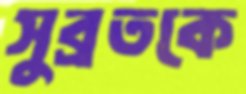
সুব্রতকে